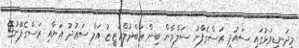
މިދަނޑިވަޅުގައި ސައުދީ ރަސްގެފާނު ސަލްމާން ބިން ޢަބްދުލްޢަޒީޒު އަލް ސަޢުދު އަށާއި ރަސްގެފާނުގެ